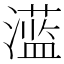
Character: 𱩪